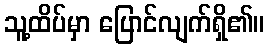
သူ့ထိပ်မှာ ပြောင်လျက်ရှိ၏။